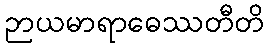
ဉာယမာရာဓေဿတီတိ